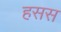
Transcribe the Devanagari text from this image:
हसस